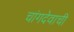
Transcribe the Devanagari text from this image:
चांगदेवाची